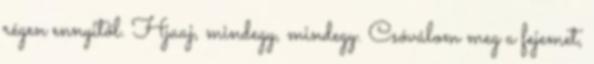
régen ennyitől. Hjaaj, mindegy, mindegy. Csóválom meg a fejemet,